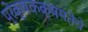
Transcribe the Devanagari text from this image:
प्रेक्षकक्षमतेचे